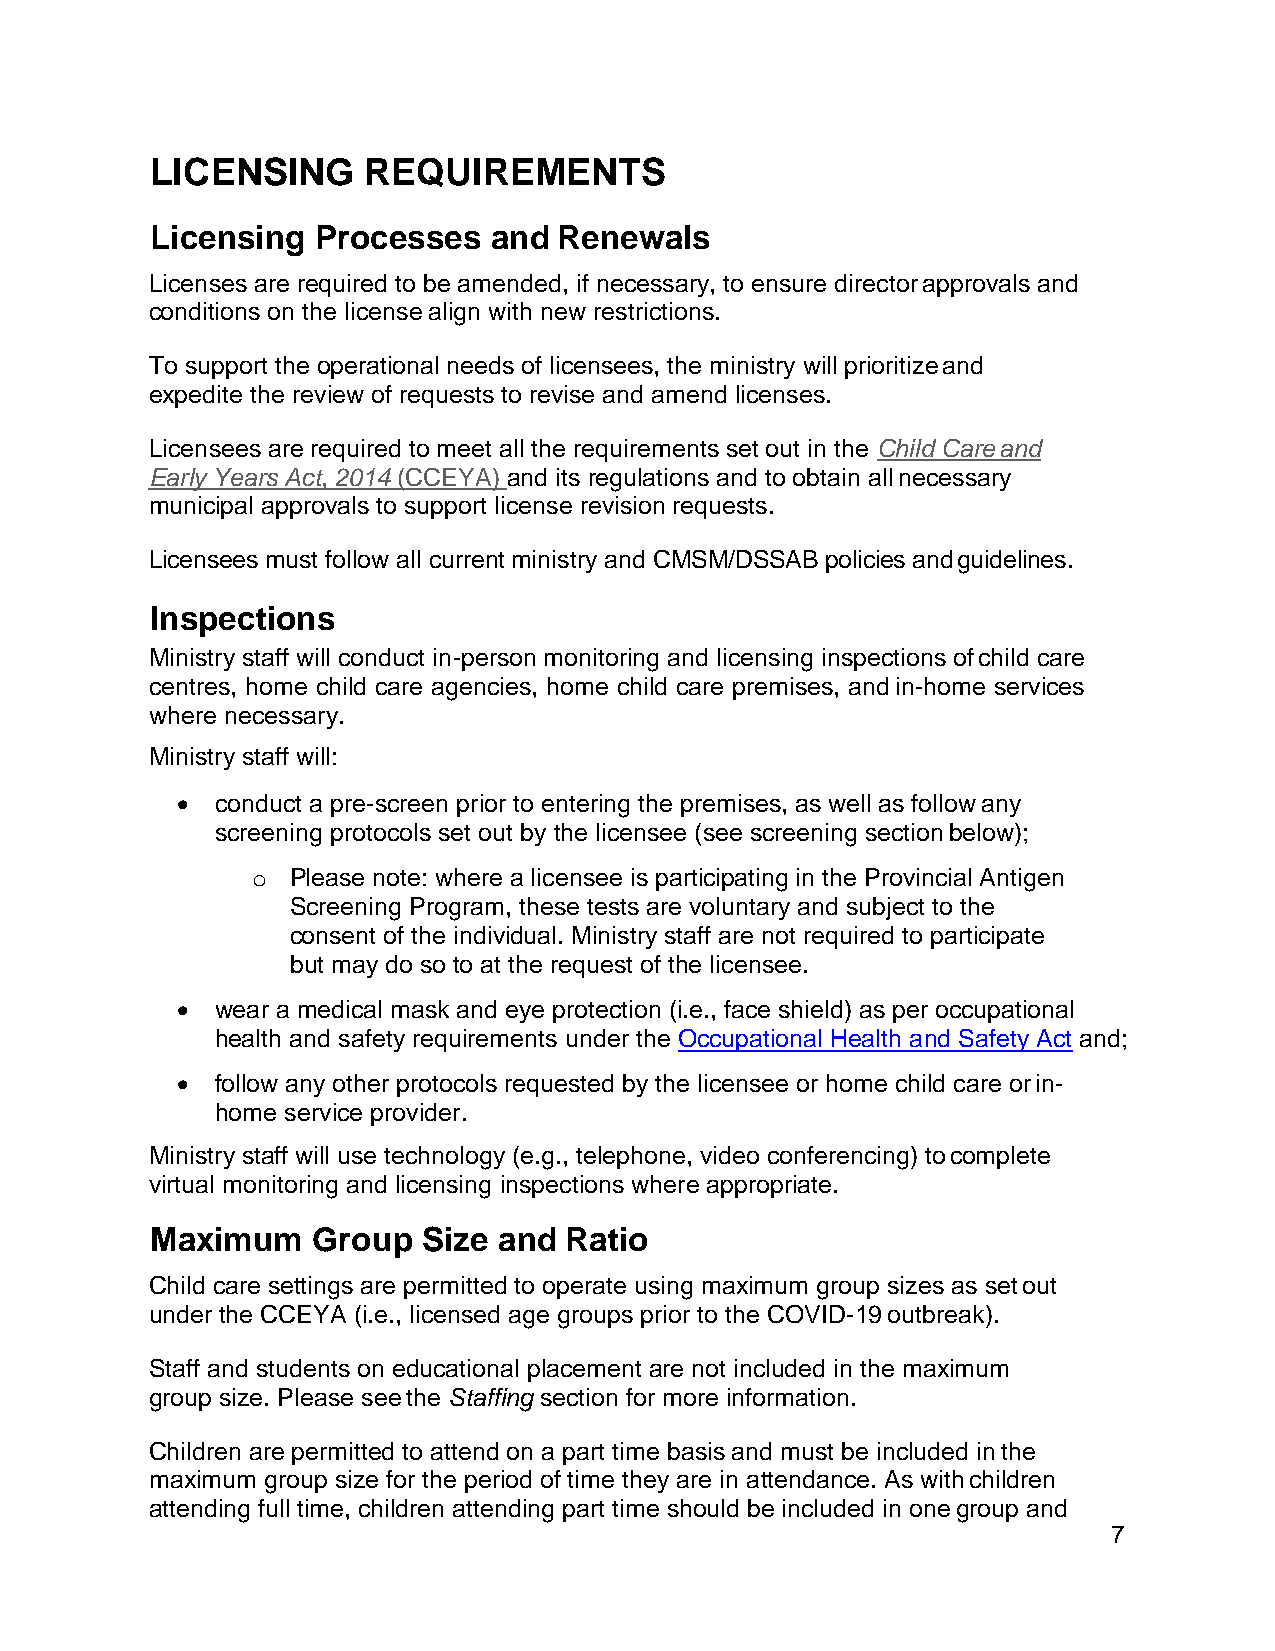
LICENSING     REQUIREMENTS
 Licensing  Processes  and  Renewals
 Licenses are required to be amended, if necessary, to ensure director approvals and
 conditions on the license align with new restrictions.
 To support the operational needs of licensees, the ministry will prioritize and
 expedite the review of requests to revise and amend licenses.
 Licensees are required to meet all the requirements set out in the Child Care and
 Early Years Act, 2014 (CCEYA) and its regulations and to obtain all necessary
 municipal approvals to support license revision requests.
 Licensees must follow all current ministry and CMSM/DSSAB policies and guidelines.
 Inspections
 Ministry staff will conduct in-person monitoring and licensing inspections of child care
 centres, home child care agencies, home child care premises, and in-home services
 where necessary.
 Ministry staff will:
 • conduct a pre-screen prior to entering the premises, as well as follow any
 screening protocols set out by the licensee (see screening section below);
 o Please note: where a licensee is participating in the Provincial Antigen
 Screening Program, these tests are voluntary and subject to the
 consent of the individual. Ministry staff are not required to participate
 but may do so to at the request of the licensee.
 • wear a medical mask and eye protection (i.e., face shield) as per occupational
 health and safety requirements under the Occupational Health and Safety Act and;
 • follow any other protocols requested by the licensee or home child care or in-
 home service provider.
 Ministry staff will use technology (e.g., telephone, video conferencing) to complete
 virtual monitoring and licensing inspections where appropriate.
 Maximum    Group  Size and Ratio
 Child care settings are permitted to operate using maximum group sizes as set out
 under the CCEYA (i.e., licensed age groups prior to the COVID-19 outbreak).
 Staff and students on educational placement are not included in the maximum
 group size. Please see the Staffing section for more information.
 Children are permitted to attend on a part time basis and must be included in the
 maximum group size for the period of time they are in attendance. As with children
 attending full time, children attending part time should be included in one group and
 7